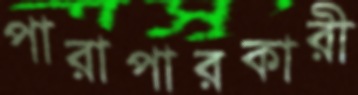
পারাপারকারী